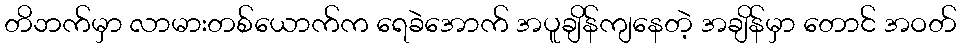
တိဘက်မှာ လာမားတစ်ယောက်က ရေခဲအောက် အပူချိန်ကျနေတဲ့ အချိန်မှာ တောင် အဝတ်